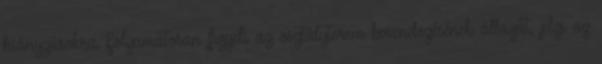
hiányzásokra Folyamatosan figyeli az osztályterem berendezésének állagát, jelzi az